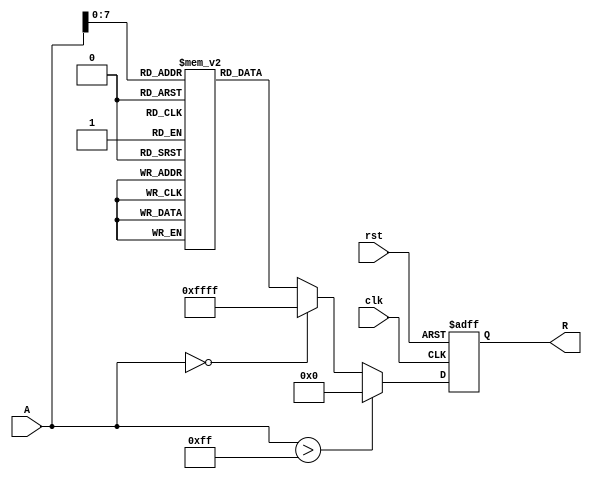
module ApproximateReciprocal (
    input wire [15:0] A,       // Input data (16-bit fixed-point)
    input wire clk,            // Clock signal
    input wire rst,            // Reset signal
    output reg [15:0] R        // Output data (16-bit fixed-point)
);

    // Lookup table for approximate reciprocals (example values)
    reg [15:0] lut [0:255];    // LUT for 256 entries

    initial begin
        // Initialize the LUT with approximate reciprocal values
        // These values should be precomputed for the range of inputs
        lut[0] = 16'hFFFF; // Approximate reciprocal for 0 (undefined, handle separately)
        lut[1] = 16'h8000; // Approximate reciprocal for 1 (0.5)
        lut[2] = 16'h4000; // Approximate reciprocal for 2 (0.25)
        // ... Fill in other values as needed ...
        lut[255] = 16'h0001; // Approximate reciprocal for 255
    end

    always @(posedge clk or posedge rst) begin
        if (rst) begin
            R <= 16'h0000; // Reset output
        end else begin
            // Normalize input A to the range of the LUT
            // Assuming A is in the range [0, 255]
            if (A > 255) begin
                R <= 16'h0000; // Handle out of range (could also saturate)
            end else if (A == 0) begin
                R <= 16'hFFFF; // Handle division by zero case
            end else begin
                R <= lut[A]; // Lookup the approximate reciprocal
            end
        end
    end

endmodule